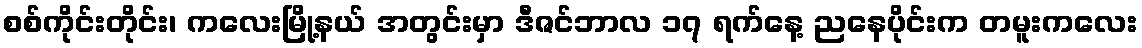
စစ်ကိုင်းတိုင်း၊ ကလေးမြို့နယ် အတွင်းမှာ ဒီဇင်ဘာလ ၁၇ ရက်နေ့ ညနေပိုင်းက တမူးကလေး